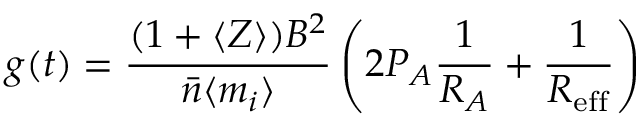
g ( t ) = \frac { ( 1 + \langle Z \rangle ) B ^ { 2 } } { \bar { n } \langle m _ { i } \rangle } \left( 2 P _ { A } \frac { 1 } { R _ { A } } + \frac { 1 } { R _ { \mathrm { e f f } } } \right)